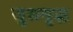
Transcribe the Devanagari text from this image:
सुसमृद्ध